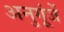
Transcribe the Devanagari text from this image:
अनुगूंजें